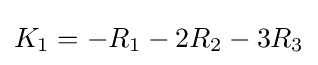
K_{1}=-R_{1}-2R_{2}-3R_{3}